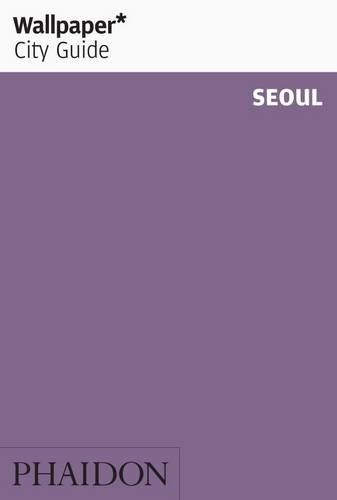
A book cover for Wallpaper City Guide: Seoul; Editors of Wallpaper Magazine; Travel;